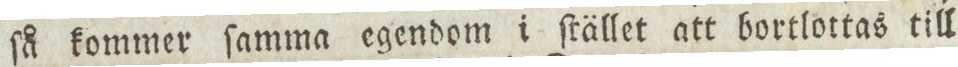
ſå kommer ſamma egendom i ſtället att bortlottas till